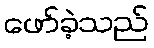
ဖော်ခဲ့သည်